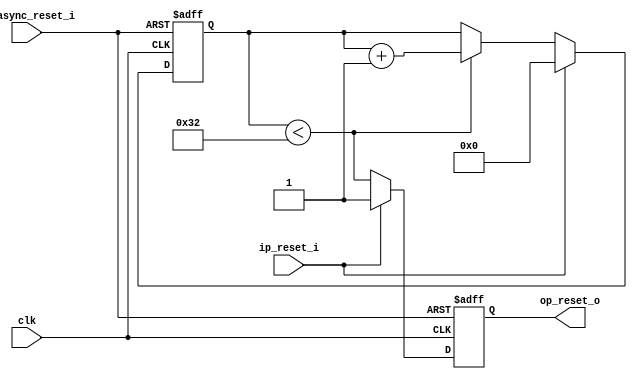
module reset_block(
    clk, ip_async_reset_i, ip_reset_i, op_reset_o
  );
  parameter WIDTH = 50;
  input  clk;
  input  ip_async_reset_i;
  input  ip_reset_i;
  output op_reset_o;

  reg [31:0] width_counter;

  reg op_reset_o;

  always @(posedge clk or posedge ip_async_reset_i) begin
    if (ip_async_reset_i) begin
      width_counter<=32'b0;
      //op_reset_o <= 1'b0;
      op_reset_o <= 1'b1; // If the input reset gets asserted => assert the output reset
`ifdef DEBUG
      $display("rb: got async reset");
`endif
    end else begin
      //op_reset_o <= (width_counter < WIDTH && delay_counter >= DELAY);
      op_reset_o <= (width_counter < WIDTH);
`ifdef SIMULATION
      /* fake initialization */
      if (width_counter === 32'hxxxx_xxxx) begin
        width_counter <= 32'b0;
        op_reset_o <= 1'b1;
      end else
`endif
      if (ip_reset_i == 1'b1) begin 
        width_counter<=32'b0;
        op_reset_o <= 1'b1; // If the input reset gets asserted => assert the output reset
      end else if (width_counter < WIDTH) begin
        width_counter<=width_counter + 1;
      end
    end
  end

endmodule